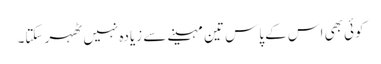
کوئی بھی اس کے پاس تین مہینے سے زیادہ نہیں ٹھہر سکتا۔